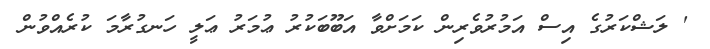
' ލަޝްކަރުގެ އިސް އަމުރުވެރިން ކަމަށްވާ އަބޫބަކުރު ޢުމަރު ޢަލީ ހަނގުރާމަ ކުރެއްވުން